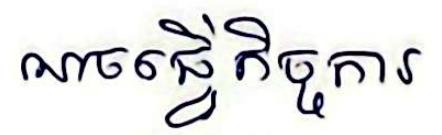
ណចធ្វើកិច្ចការ